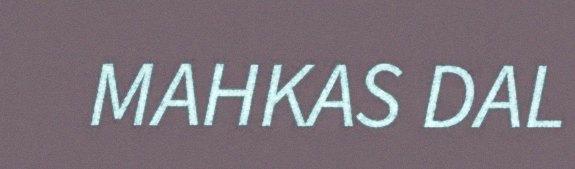
MAHKAS DAL